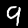
Label: 9